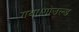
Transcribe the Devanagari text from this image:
गया।गोउल्‍ड